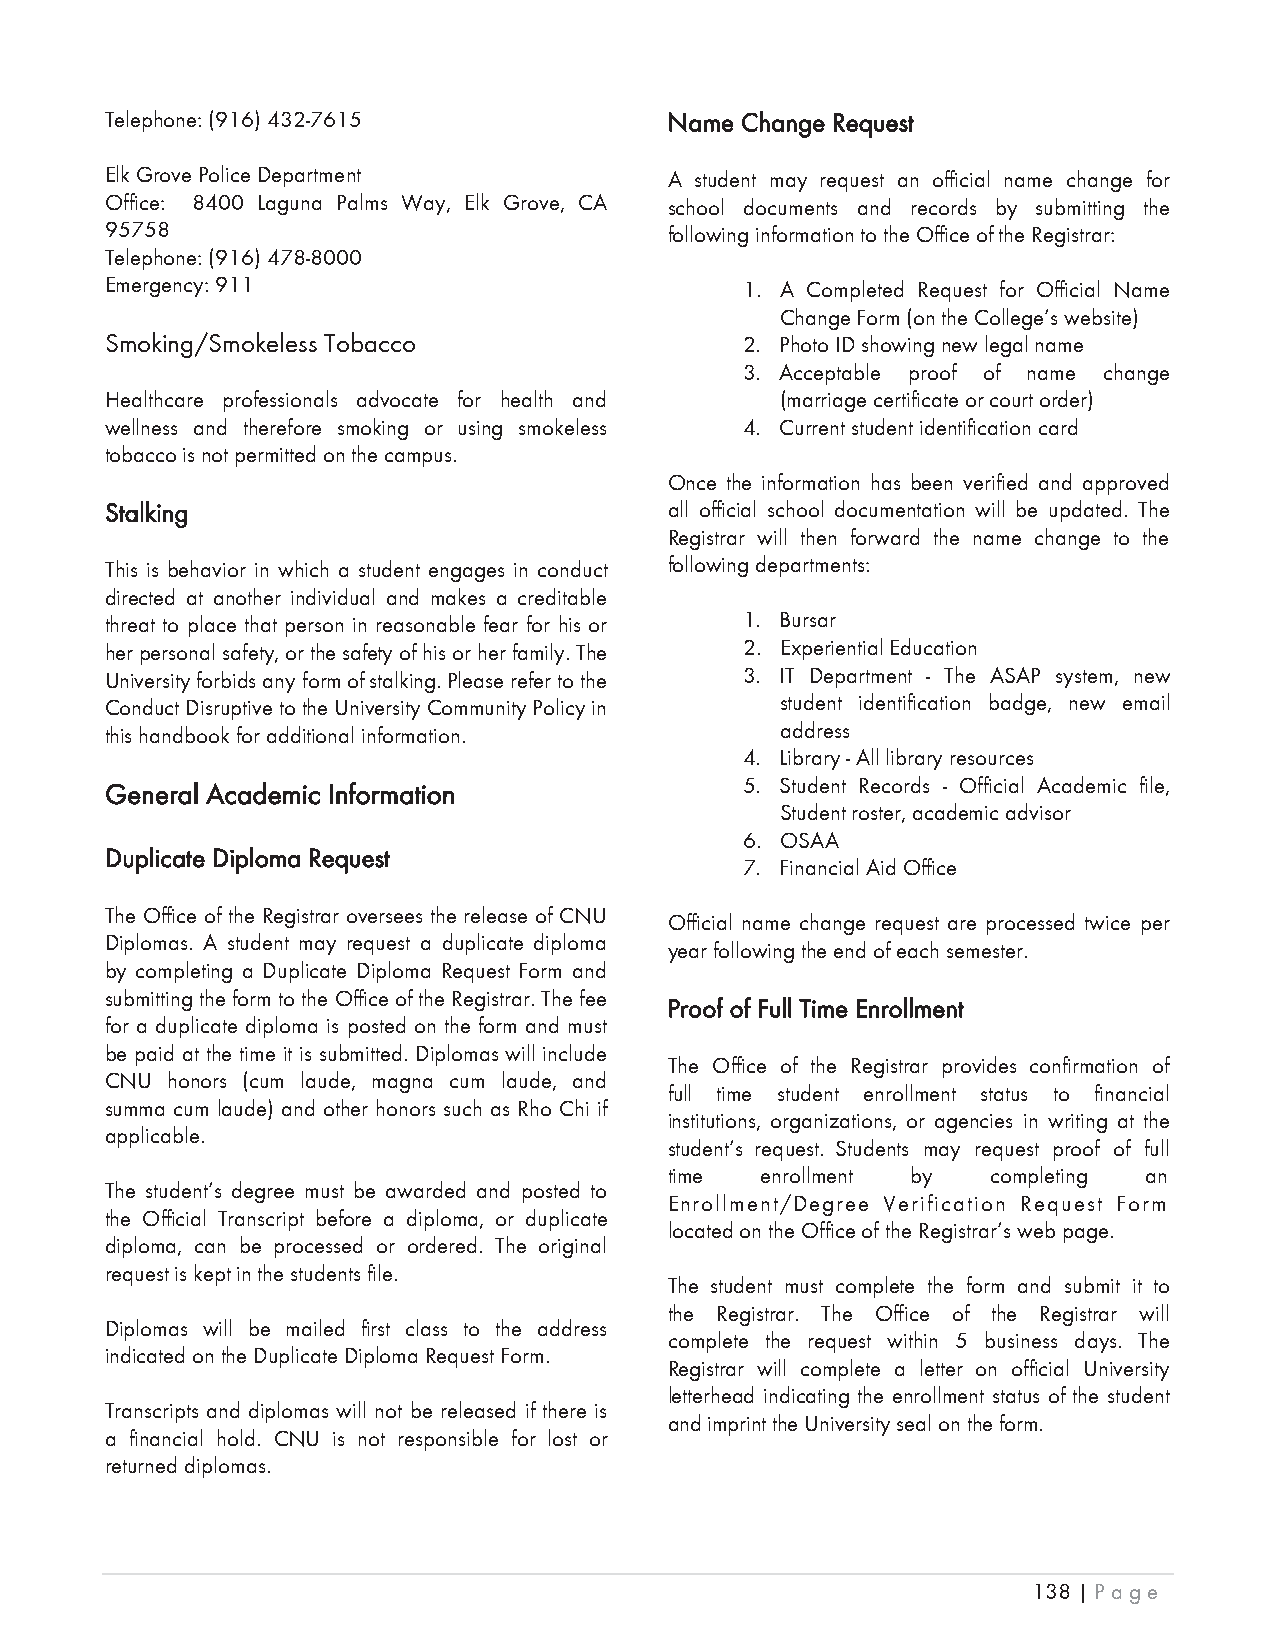
Telephone: (916) 432-7615            Name Change Request
 Elk Grove Police Department          A student may request an official name change for
 Office: 8400 Laguna Palms Way, Elk Grove, CA school documents and records by submitting the
 95758                                following information to the Office of the Registrar:
 Telephone: (916) 478-8000
 Emergency: 911                            1. A Completed Request for Official Name
 Change Form (on the College’s website)
 Smoking/Smokeless Tobacco                 2. Photo ID showing new legal name
 3. Acceptable proof of name change
 Healthcare professionals advocate for health and (marriage certificate or court order)
 wellness and therefore smoking or using smokeless 4. Current student identification card
 tobacco is not permitted on the campus.
 Once the information has been verified and approved
 SStalking                            all official school documentation will be updated. The
 Registrar will then forward the name change to the
 This is behavior in which a student engages in conduct following departments:
 directed at another individual and makes a creditable
 threat to place that person in reasonable fear for his or 1. Bursar
 her personal safety, or the safety of his or her family. The 2. Experiential Education
 University forbids any form of stalking. Please refer to the 3. IT Department - The ASAP system, new
 Conduct Disruptive to the University Community Policy in student identification badge, new email
 this handbook for additional information.    address
 4. Library - All library resources
 5. Student Records - Official Academic file,
 General Academic Information
 Student roster, academic advisor
 6. OSAA
 Duplicate Diploma Request
 7. Financial Aid Office
 The Office of the Registrar oversees the release of CNU
 Official name change request are processed twice per
 Diplomas. A student may request a duplicate diploma
 year following the end of each semester.
 by completing a Duplicate Diploma Request Form and
 submitting the form to the Office of the Registrar. The fee
 Proof of Full Time Enrollment
 for a duplicate diploma is posted on the form and must
 be paid at the time it is submitted. Diplomas will include
 The Office of the Registrar provides confirmation of
 CNU honors (cum laude, magna cum laude, and
 full time student enrollment status to financial
 summa cum laude) and other honors such as Rho Chi if
 institutions, organizations, or agencies in writing at the
 applicable.
 student’s request. Students may request proof of full
 time  enrollment by   completing an
 The student’s degree must be awarded and posted to
 Enrollment/Degree Verification Request Form
 the Official Transcript before a diploma, or duplicate
 located on the Office of the Registrar’s web page.
 diploma, can be processed or ordered. The original
 request is kept in the students file.
 The student must complete the form and submit it to
 the Registrar. The Office of the Registrar will
 Diplomas will be mailed first class to the address
 complete the request within 5 business days. The
 indicated on the Duplicate Diploma Request Form.
 Registrar will complete a letter on official University
 letterhead indicating the enrollment status of the student
 Transcripts and diplomas will not be released if there is
 and imprint the University seal on the form.
 a financial hold. CNU is not responsible for lost or
 returned diplomas.
 138 | Page